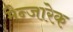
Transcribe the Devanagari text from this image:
मैन्जारेक